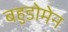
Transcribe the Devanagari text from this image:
बहुडोमेन